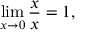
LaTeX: \operatorname* { l i m } _ { x \to 0 } { \frac { x } { x } } = 1 , \qquad